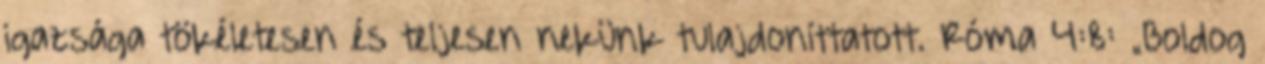
igazsága tökéletesen és teljesen nekünk tulajdoníttatott. Róma 4:8: „Boldog